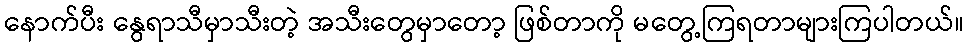
နောက်ပီး နွေရာသီမှာသီးတဲ့ အသီးတွေမှာတော့ ဖြစ်တာကို မတွေ့ကြရတာများကြပါတယ်။